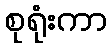
စုရုံးကာ